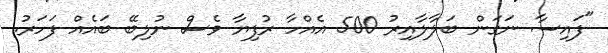
"ފައިސާ ނަގަން ބަލާލާއިރު 500 އެއްހާ ރުފިޔާ ވެސް ނުލިބޭ ބައެއް ފަހަރު.